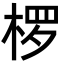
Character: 椤